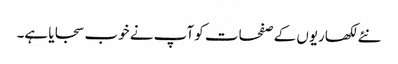
نئے لکھاریوں کے صفحات کو آپ نے خوب سجایا ہے۔